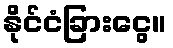
နိုင်ငံခြားငွေ။